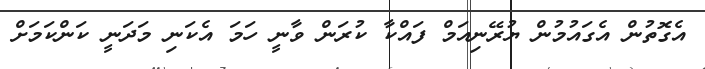
އެގޮތުން އެގައުމުން ޔުރޭނިއަމް ފައްކާ ކުރަން ވާނީ ހަމަ އެކަނި މަދަނީ ކަންކަމަށް